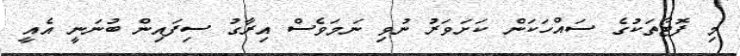
މި ފޮޓޯތަކުގެ ސައްހަކަން ކަށަވަރު ނުވި ނަމަވެސް އިރާގު ސިފައިން ބުނަނީ އެއީ